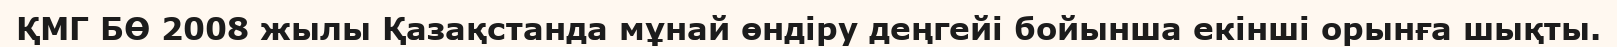
ҚМГ БӨ 2008 жылы Қазақстанда мұнай өндіру деңгейі бойынша екінші орынға шықты.